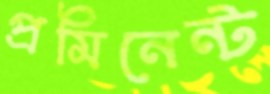
প্রমিনেন্ট